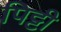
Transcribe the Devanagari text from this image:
पिट्टी